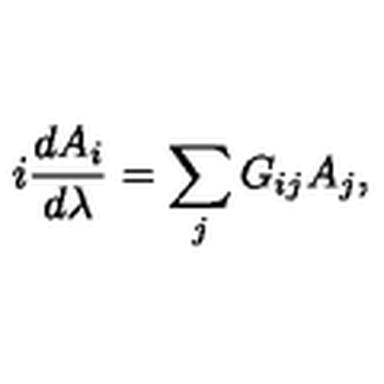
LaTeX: i { \frac { d A _ { i } } { d \lambda } } = \sum _ { j } G _ { i j } A _ { j } ,